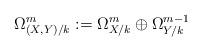
LaTeX: \begin{align*}\Omega^m_{(X, Y)/k} := \Omega^m_{X/k} \oplus \Omega_{Y/k}^{m-1}\end{align*}